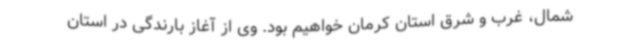
شمال، غرب و شرق استان کرمان خواهیم بود. وی از آغاز بارندگی در استان